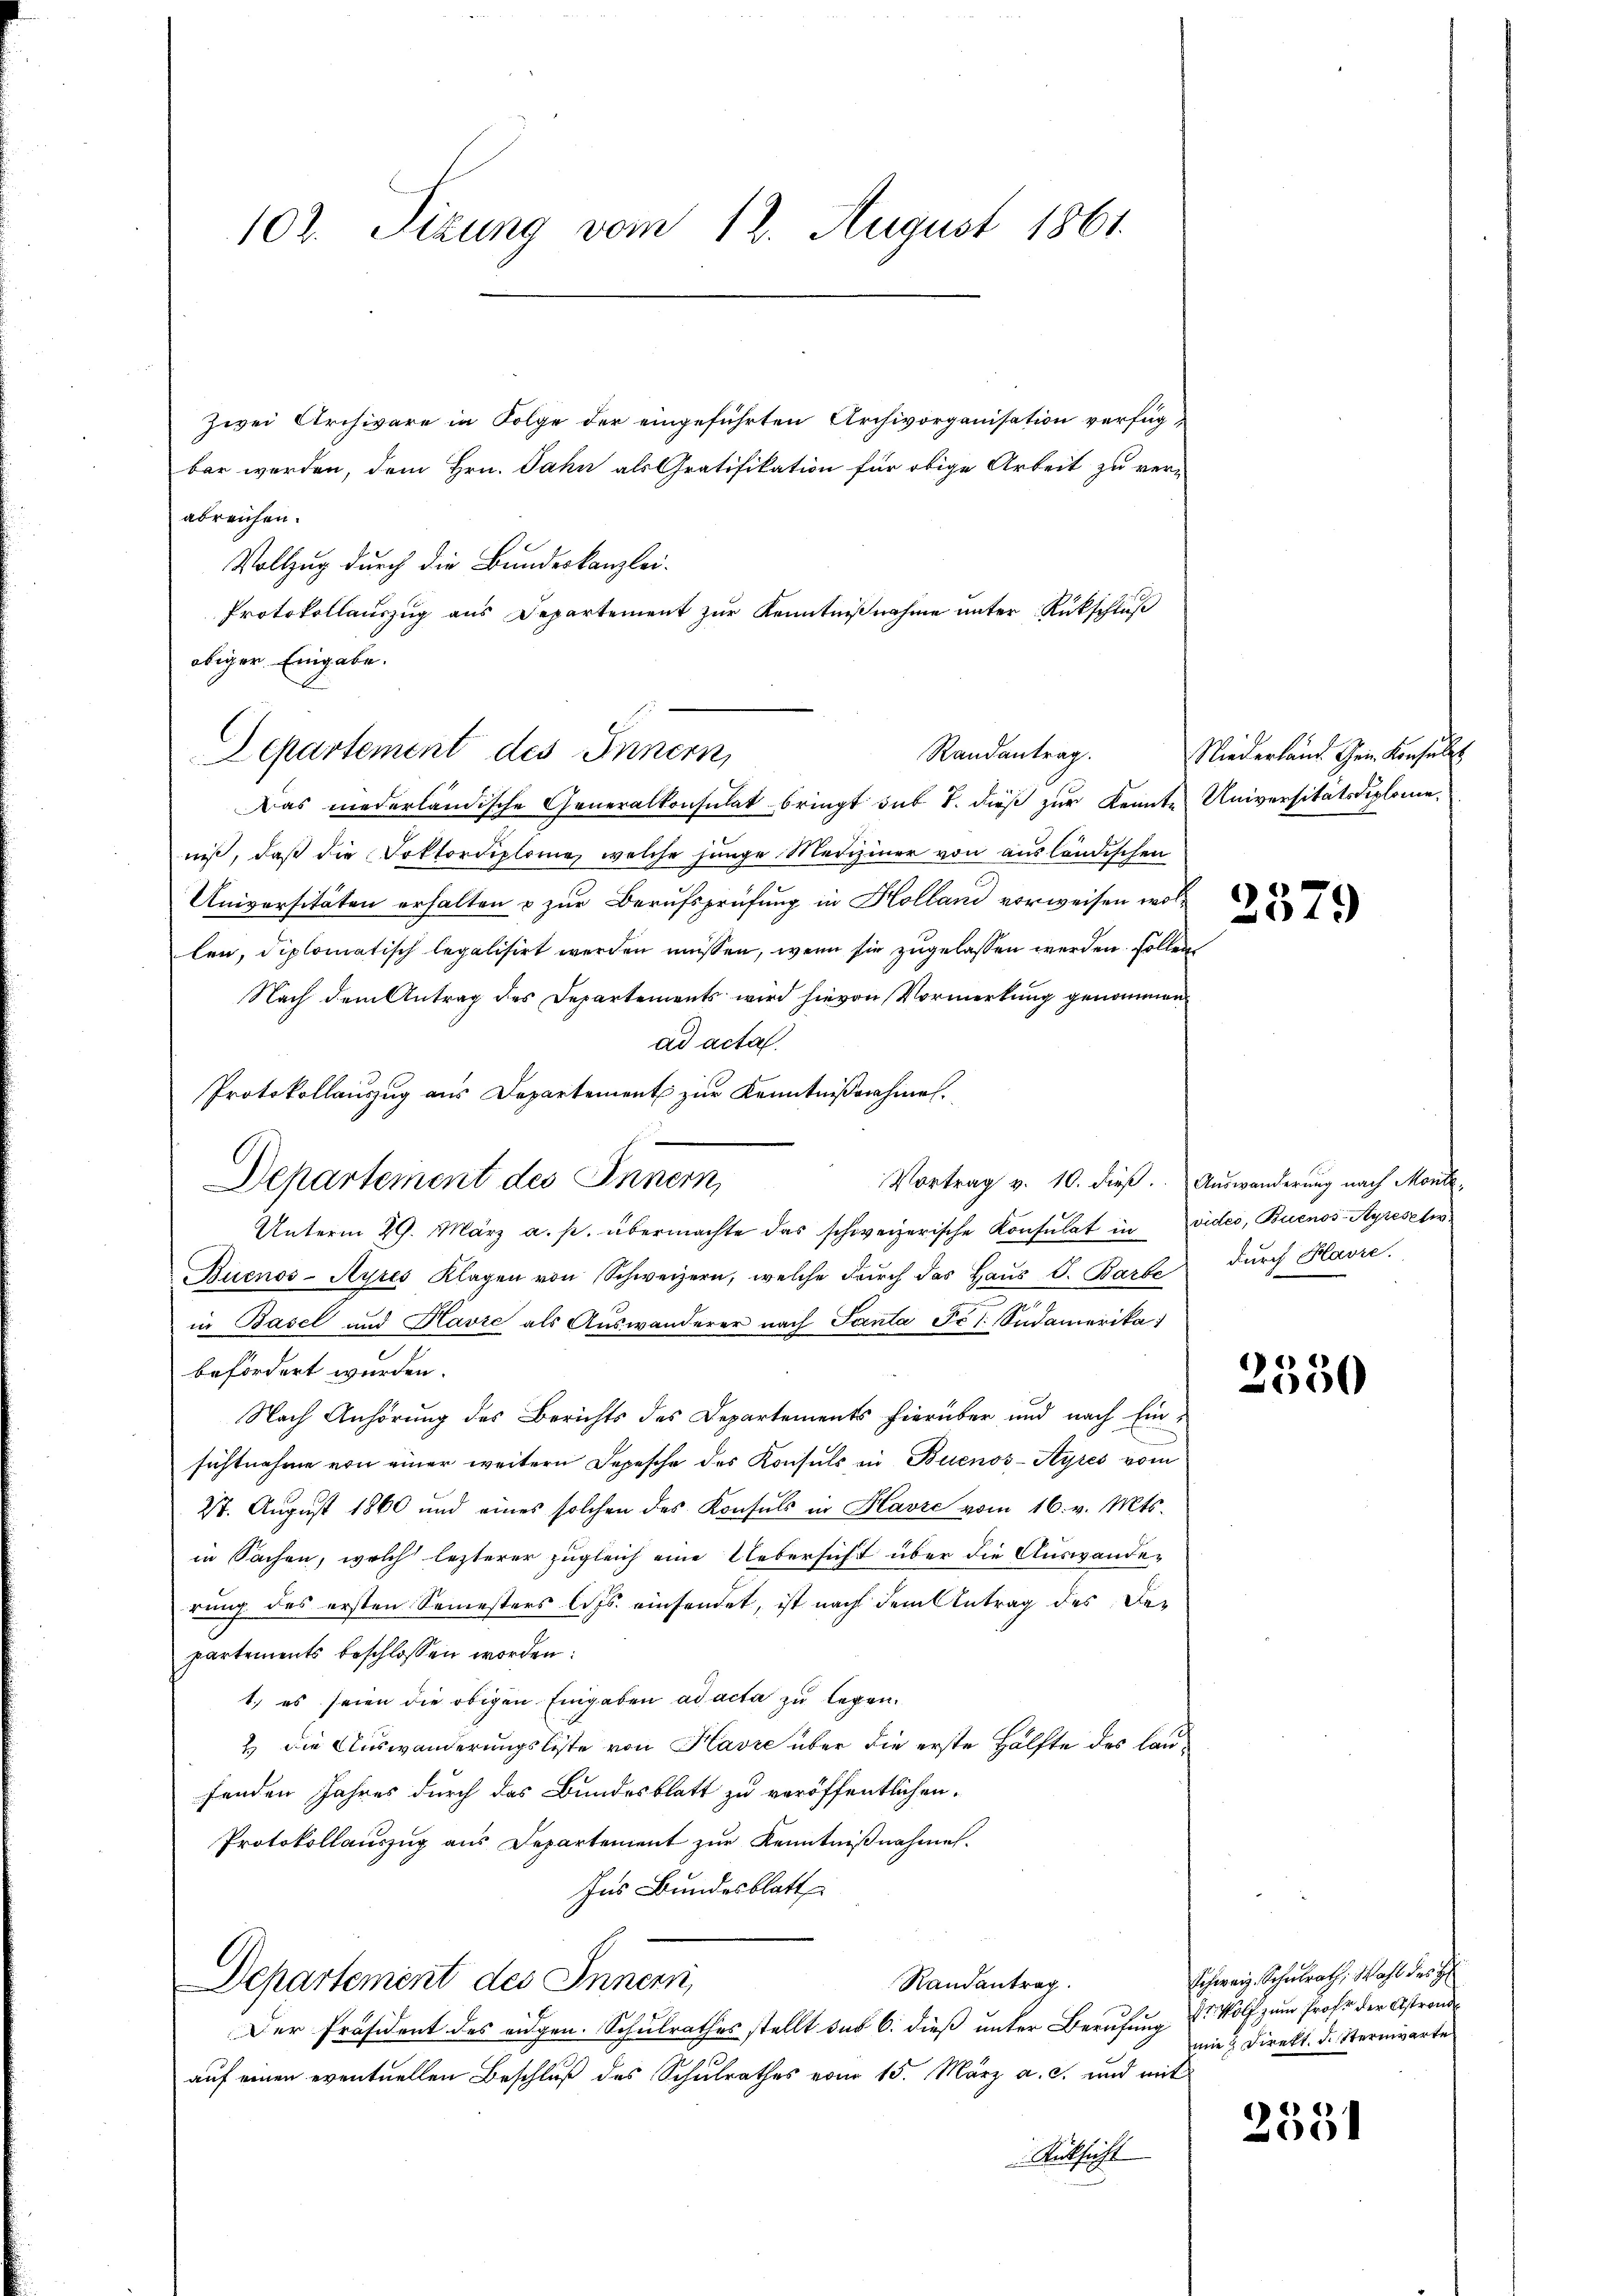
102. Sizung vom 12. August 1861.

Zwei Archivare in Folge der eingeführten Archivorganisation verfügbar werden, dem Hrn. Jahn als Gratifikation für obige Arbeit zu ver-
abreichen.
Vollzug durch die Bundeskanzlei¬
Protokollauszug aus Departement zur Kenntnißnahme unter Rückschluß
obiger. Eingabe.
Departement des Innern,
Das niederländische Generalkonsulat bringt sub 1. dieβ zŭr Kennte Universitätsdiplomeniß, daß die Doktordiplome, welche junge Mediziner von ausländischen
Universitäten erhalten & zur Berufsprüfung in Holland vorweisen wollen, diplomatisch legalisirt werden müssen, wenn sie zugelassen werden sollen
Nach dem Antrag des Departements wird hievon Vormerkung genommen
ad acta.
Protokollauszug aus Departement zur Kenntnißnahmen.
Departement des Innern,
Vortrag v. 10. dieß. Auswanderung nach Monde
Unterm 29. März a. p. übermachte das schweizerische Konsulat in vides, Buenos-Ayreset
Buenos-Ayres Klagen von Schweizern, welche durch das Haus J. Barbe
in Basel und Havre als Auswanderer nach Santa Fr /: Südamerika
befördert wurden.
Nach Anhörung des Berichts des Departements hierüber und nach Einsichtnahme von einer weitern Depesche des Konsuls in Buenos-Ayres vom
27. August 1860 und eines solchen des Konsuls in Havre vom 16. v. Mts.
in Sachen, welch lezterer zugleich eine Uebersicht über die Auswanderung des ersten Semesters Cts. einsendet, ist nach dem Antrag des Departements beschlossen worden:
1.) es seien die obigen Eingaben ad acta zu legen.
2.) Die Auswanderungsliste von Havre über die erste Hälfte des laufenden Jahres durch das Bundesblatt zu veröffentlichen
Protokollaŭszŭg aŭs Departement zŭr Kenntniβnahme.
Ins Bundesblatt
Departement des Inner,
Randantrag.
Der Präsident des eidgen. Schulrathes stellt des 6. dieß unter Berufung der Wolf zum Prof. der Astronde
auf einen eventuellen Beschluß des Schulrathes vom 15. März a. c. und mit
Rücksicht

Randantrag.

Niederland dem Konsult

2579

durch Havre.

3550

Schweiz. Schulrath, Wahl des H
mie Direkt, disternwarte

2551